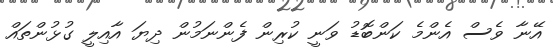
އޭނާ ވެސް އެންމެ ކަންބޮޑު ވަނީ ކުރިން ފެންނަމުން ދިޔަ އާއިލީ ގުޅުންތައް